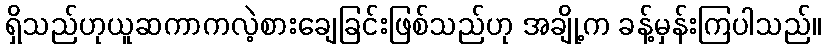
ရှိသည်ဟုယူဆကာကလဲ့စားချေခြင်းဖြစ်သည်ဟု အချို့က ခန့်မှန်းကြပါသည်။